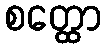
စတ္ထော